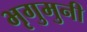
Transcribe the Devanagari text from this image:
भृगुमुनी